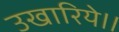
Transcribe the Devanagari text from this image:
उखारिये।।